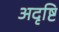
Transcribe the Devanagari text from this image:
अदृष्टि